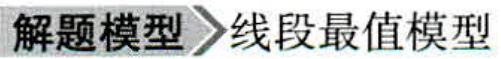
解题模型 线段最值模型